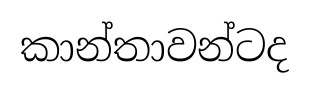
කාන්තාවන්ටද